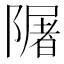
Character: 𨼑